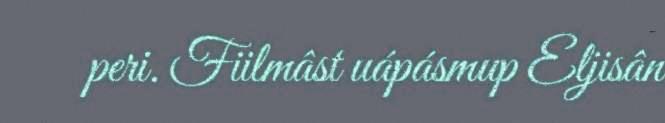
peri. Fiilmâst uápásmup Eljisân